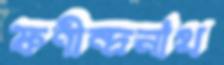
ফণীন্দ্রনাথ